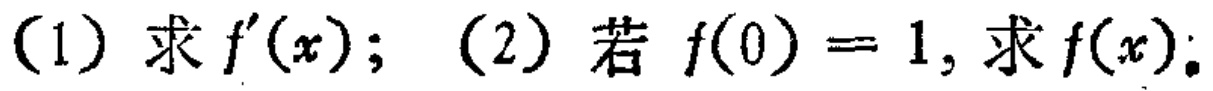
(1) 求 \(f^{\prime}(x)\); (2) 若 \(f(0)=1\), 求 \(f(x)\);